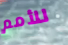
للأمم